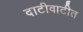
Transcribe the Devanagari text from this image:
दाटीवाटीत